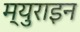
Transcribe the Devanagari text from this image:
म्युराइन